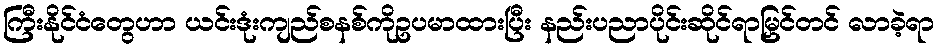
ကြီးနိုင်ငံတွေဟာ ယင်းဒုံးကျည်စနစ်ကိုဥပမာထားပြီး နည်းပညာပိုင်းဆိုင်ရာမြှင်တင် လာခဲ့ရာ